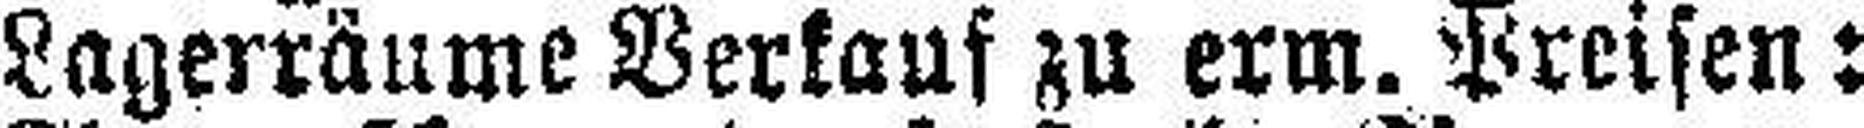
Lagerräume Verkauf zu erm. Preisen: